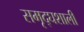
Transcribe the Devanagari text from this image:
समृद्घशाली